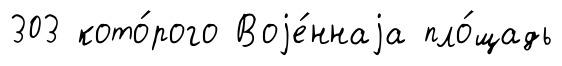
303 кото́рого Воjе́ннаjа пло́щадь